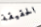
الحقيقة